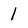
Character: l